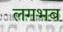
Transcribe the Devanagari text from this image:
लगभब